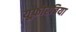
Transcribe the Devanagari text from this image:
यूफ़ोरबिया